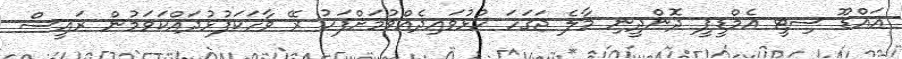
އައްޑޫ ސިޓީ އެމްޑީޕީ ދޮންދީނި މާލެ ޖަގަހަ ހުޅުވައިދެއްވުމަށްފަހު ރޭ ވާހަކަފުޅުދައްކަވަމުން ރައީސް